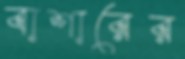
বাশারের